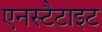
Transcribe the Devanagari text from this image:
एनस्टैटाइट